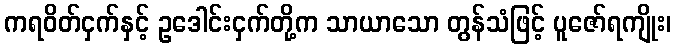
ကရဝိတ်ငှက်နှင့် ဥဒေါင်းငှက်တို့က သာယာသော တွန်သံဖြင့် ပူဇော်ရကျိုး၊